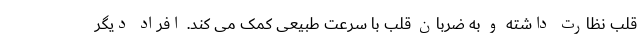
قلب نظارت داشته و به ضربان قلب با سرعت طبیعی کمک می کند. افراد دیگر